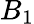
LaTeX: B_{1}